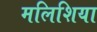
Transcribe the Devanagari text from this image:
मलिशिया